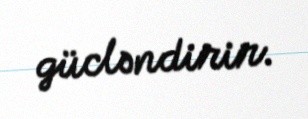
gücləndirir.